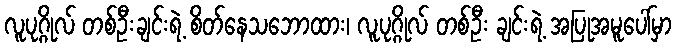
လူပုဂ္ဂိုလ် တစ်ဦးချင်းရဲ့ စိတ်နေသဘောထား၊ လူပုဂ္ဂိုလ် တစ်ဦး ချင်းရဲ့ အပြုအမူပေါ်မှာ